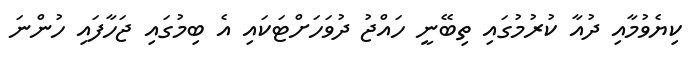
ކިޔެވުމާއި ދުއާ ކުރުމުގައި ތިބޭނީ ހައްޖު ދުވަހަށްޓަކައި އެ ބިމުގައި ޖަހާފައި ހުންނަ